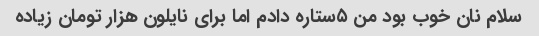
سلام نان خوب بود من ۵ستاره دادم اما برای نایلون هزار تومان زیاده